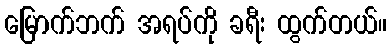
မြောက်ဘက် အရပ်ကို ခရီး ထွက်တယ်။